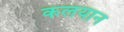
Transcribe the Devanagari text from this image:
कलयान